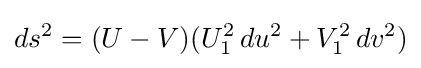
ds^{2}=(U-V)(U_{1}^{2}\,du^{2}+V_{1}^{2}\,dv^{2})